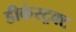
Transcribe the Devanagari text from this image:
डीकंस्ट्रक्ट